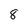
Character: 8